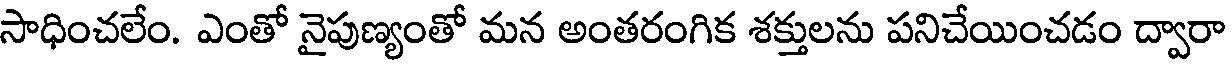
సాధించలేం. ఎంతో నైపుణ్యంతో మన అంతరంగిక శక్తులను పనిచేయించడం ద్వారా